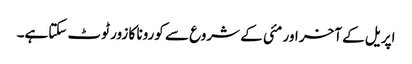
اپریل کے آخر اور مئی کے شروع سے کورونا کا زور ٹوٹ سکتاہے۔